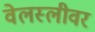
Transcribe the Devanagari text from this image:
वेलस्लीवर